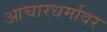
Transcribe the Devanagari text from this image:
आचारधर्मावर